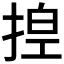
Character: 𪮆